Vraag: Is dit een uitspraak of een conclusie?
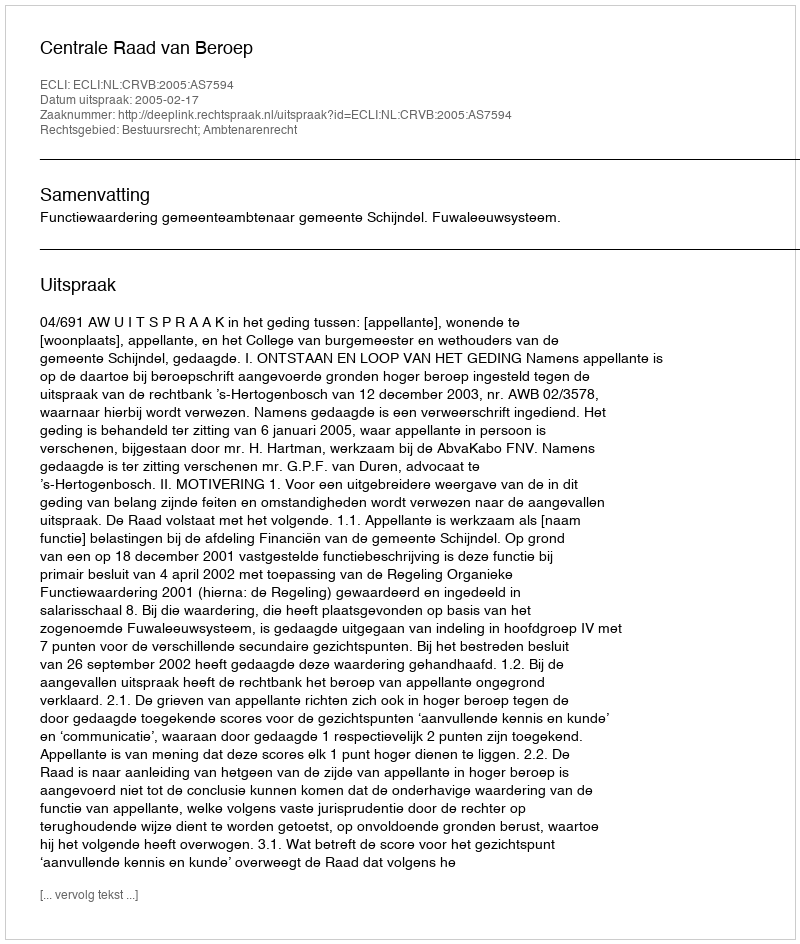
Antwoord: Uitspraak